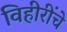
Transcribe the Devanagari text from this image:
विहीरींचे